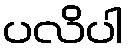
ပလိပါ